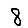
Digit: 8